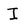
Character: I